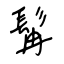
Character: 髯